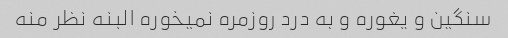
سنگین و یغوره و به درد روزمره نمیخوره البنه نظر منه